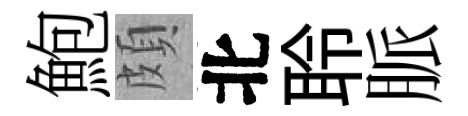
鮑頗北聆脈